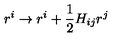
r ^ { i } \rightarrow r ^ { i } + { \frac { 1 } { 2 } } H _ { i j } r ^ { j }